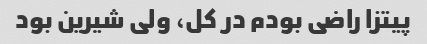
پیتزا راضی بودم در کل، ولی شیرین بود